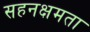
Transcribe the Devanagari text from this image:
सहनक्षमता